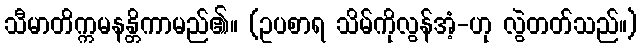
သီမာတိက္ကမနန္တိကာမည်၏။ (ဥပစာရ သိမ်ကိုလွန်အံ့-ဟု လွဲတတ်သည်။)